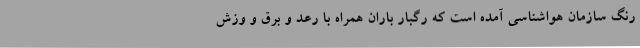
رنگ سازمان هواشناسی آمده است که رگبار باران همراه با رعد و برق و وزش